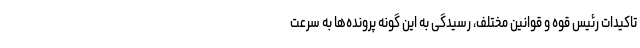
تاکیدات رئیس قوه و قوانین مختلف، رسیدگی به این گونه پرونده‌ها به سرعت